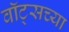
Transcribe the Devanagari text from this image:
वॉट्सच्या